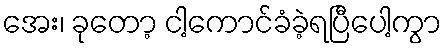
အေး၊ ခုတော့ ငါ့ကောင်ခံခဲ့ရပြီပေါ့ကွာ